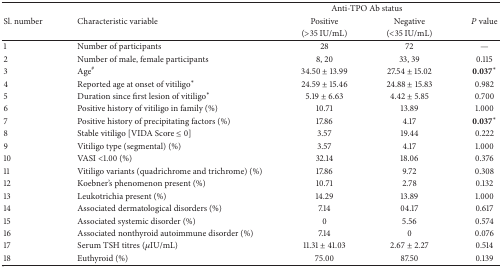
<table><thead><tr><td><b> </b></td><td><b> </b></td><td colspan="2"><b>Anti-TPO Ab status</b></td><td><b> </b></td></tr><tr><td><b>Sl. number</b></td><td><b>Characteristic variable</b></td><td><b>Positive</b></td><td><b>Negative</b></td><td><b><i>P</i> value</b></td></tr><tr><td><b> </b></td><td><b> </b></td><td><b>(&gt;35 IU/mL)</b></td><td><b>(&lt;35 IU/mL)</b></td><td><b> </b></td></tr></thead><tbody><tr><td>1</td><td>Number of participants</td><td>28</td><td>72</td><td>—</td></tr><tr><td>2</td><td>Number of male, female participants</td><td>8, 20</td><td>33, 39</td><td>0.115</td></tr><tr><td>3</td><td>Age<sup>#</sup></td><td>34.50 ± 13.99</td><td>27.54 ± 15.02</td><td><b>0.037</b><sup>*</sup></td></tr><tr><td>4</td><td>Reported age at onset of vitiligo<sup>*</sup></td><td>24.59 ± 15.46</td><td>24.88 ± 15.83</td><td>0.982</td></tr><tr><td>5</td><td>Duration since first lesion of vitiligo<sup>*</sup></td><td>5.19 ± 6.63</td><td>4.42 ± 5.85</td><td>0.700</td></tr><tr><td>6</td><td>Positive history of vitiligo in family (%)</td><td>10.71</td><td>13.89</td><td>1.000</td></tr><tr><td>7</td><td>Positive history of precipitating factors (%)</td><td>17.86</td><td>4.17</td><td><b>0.037</b><sup>*</sup></td></tr><tr><td>8</td><td>Stable vitiligo [VIDA Score ≤ 0]</td><td>3.57</td><td>19.44</td><td>0.222</td></tr><tr><td>9</td><td>Vitiligo type (segmental) (%)</td><td>3.57</td><td>4.17 </td><td>1.000</td></tr><tr><td>10</td><td>VASI &lt;1.00 (%)</td><td>32.14</td><td>18.06</td><td>0.376</td></tr><tr><td>11</td><td>Vitiligo variants (quadrichrome and trichrome) (%)</td><td>17.86</td><td>9.72</td><td>0.308</td></tr><tr><td>12</td><td>Koebner&#x27;s phenomenon present (%)</td><td>10.71</td><td>2.78</td><td>0.132</td></tr><tr><td>13</td><td>Leukotrichia present (%)</td><td>14.29</td><td>13.89</td><td>1.000</td></tr><tr><td>14</td><td>Associated dermatological disorders (%)</td><td>7.14</td><td>04.17</td><td>0.617</td></tr><tr><td>15</td><td>Associated systemic disorder (%)</td><td>0</td><td>5.56</td><td>0.574</td></tr><tr><td>16</td><td>Associated nonthyroid autoimmune disorder (%)</td><td>7.14</td><td>0</td><td>0.076</td></tr><tr><td>17</td><td>Serum TSH titres (<i>μ</i>IU/mL)</td><td>11.31 ± 41.03</td><td>2.67 ± 2.27</td><td>0.514</td></tr><tr><td>18</td><td>Euthyroid (%)</td><td>75.00</td><td>87.50</td><td>0.139</td></tr></tbody></table>